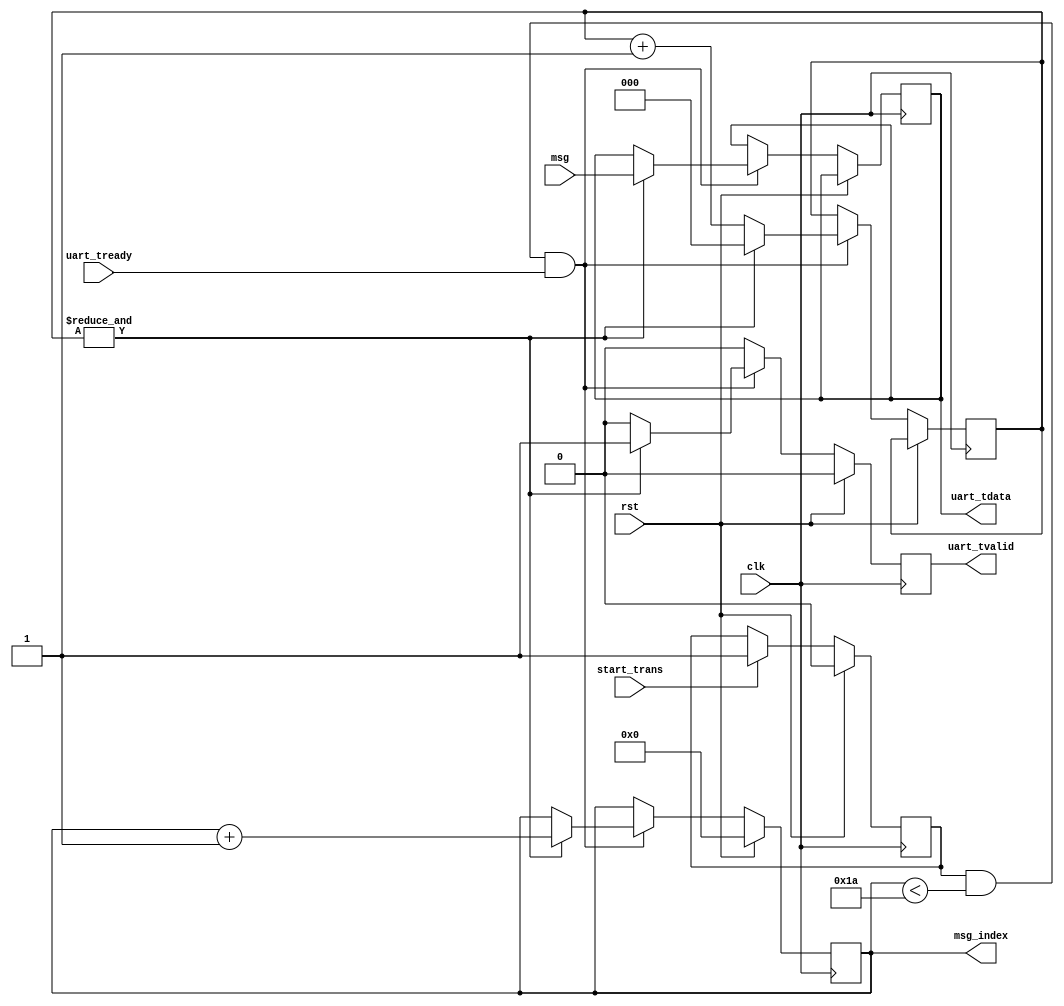
`default_nettype none

/*
*/

module send_msg #(
    parameter MSG_LEN = 26,
    parameter N_BITS = 8
) (
    input wire clk,
    input wire rst,
    input wire start_trans,
    output wire [N_BITS-1:0] uart_tdata,
    output wire uart_tvalid,
    input wire uart_tready,

    input wire [N_BITS-1:0] msg,
    output wire [$clog2(MSG_LEN)-1:0] msg_index
);
    reg start_msg = 0;
    always@(posedge clk)begin
        if(rst)
            start_msg<= 0;
        else begin
            if(start_trans)
                start_msg <= 1;
            else
                start_msg <= start_msg;
        end
    end

    reg [$clog2(MSG_LEN)-1:0] r_msg_index;
    reg [N_BITS-1:0] r_uart_tdata =0;
    reg d_uart_tready= 0;
    reg r_uart_tvalid=0;
    reg [2:0] count_wait = 0;

    always@(posedge clk)begin
        if(rst) begin
            r_msg_index <= 0;
            r_uart_tvalid <= 0;
        end
        else begin
            if(start_msg & (r_msg_index<MSG_LEN) &uart_tready) begin
                if((&count_wait))begin
                    r_uart_tdata <= msg;
                    r_msg_index <= r_msg_index+1;
                    r_uart_tvalid <= 1;
                    count_wait <=0;
                end
                else begin
                    r_msg_index <= r_msg_index;
                    r_uart_tdata <= r_uart_tdata;
                    r_uart_tvalid <= 0;
                    count_wait <= count_wait+1;
                end
            end
            else begin
                r_uart_tvalid <=0;
                r_msg_index <= r_msg_index;
                r_uart_tdata <= r_uart_tdata;
            end
        end
    end

    assign uart_tdata = r_uart_tdata;
    assign uart_tvalid = r_uart_tvalid;
    assign msg_index = r_msg_index;

endmodule